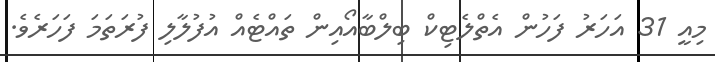
މިއީ 31 އަހަރު ފަހުން އެތްލެޓިކް ބިލްބާއޯއިން ތައްޓެއް އުފުލާލި ފުރަތަމަ ފަހަރެވެ.